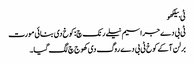
ٹی بیلکھو
ٹی بی دے جراسیم نیلے رنک چ: کوخ دی بنائی مورت
برلن آکے کوخ ٹی بی دے روگ دی کھوج چ لگ گیا۔